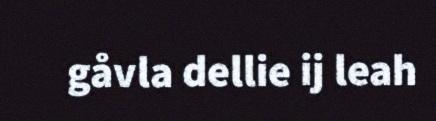
gåvla dellie ij leah